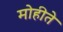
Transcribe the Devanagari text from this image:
मोहीते